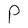
Character: P